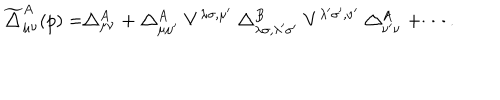
LaTeX: \widetilde { \bigtriangleup } _ { \mu \nu } ^ { A } ( p ) = \bigtriangleup _ { \mu \nu } ^ { A } + \bigtriangleup _ { \mu \mu ^ { \prime } } ^ { A } V ^ { \lambda \sigma , \mu ^ { \prime } } \bigtriangleup _ { \lambda \sigma , \lambda ^ { \prime } \sigma ^ { \prime } } ^ { B } V ^ { \lambda ^ { \prime } \sigma ^ { \prime } , \nu ^ { \prime } } \bigtriangleup _ { \nu ^ { \prime } \nu } ^ { A } + \cdots .